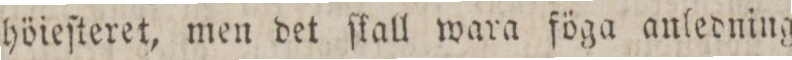
höieſteret, men det ſkall wara föga anledning